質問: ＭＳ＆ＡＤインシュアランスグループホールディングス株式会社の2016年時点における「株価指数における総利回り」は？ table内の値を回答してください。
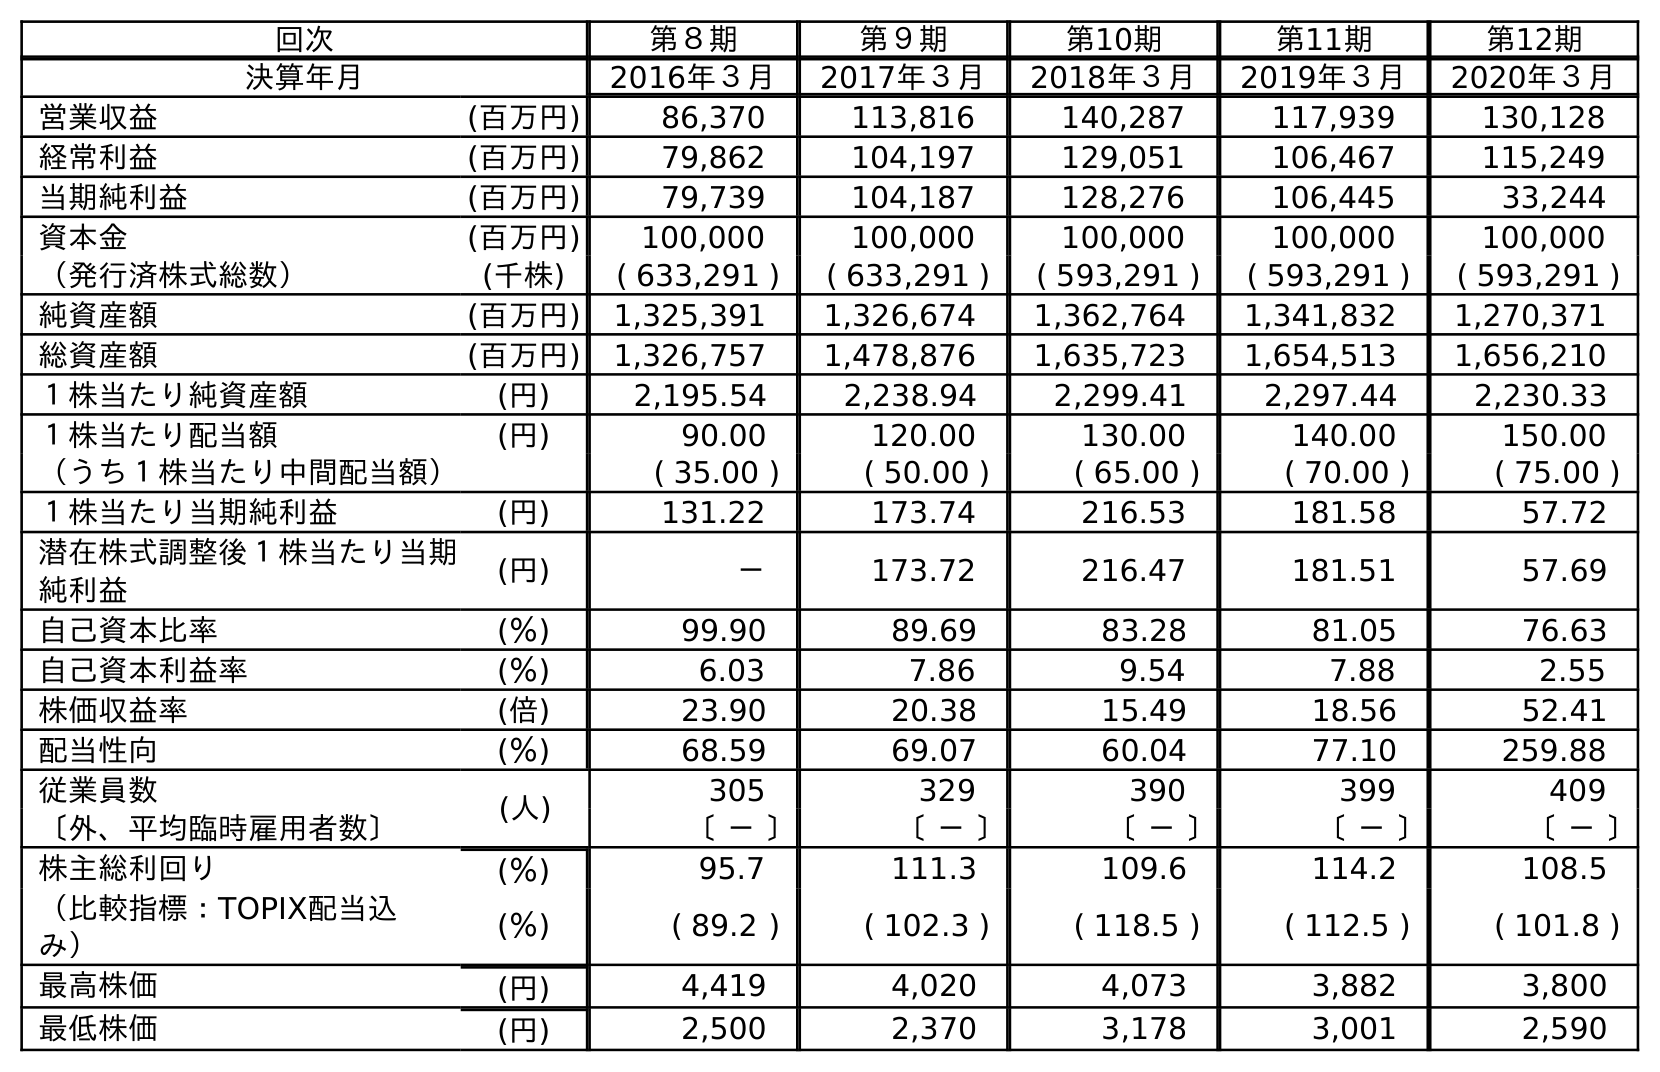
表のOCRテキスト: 回次 第８期 第９期 第10期 第11期 第12期 決算年月 2016年３月 2017年３月 2018年３月 2019年３月 2020年３月 営業収益 (百万円) 86,370 113,816 140,287 117,939 130,128 経常利益 (百万円) 79,862 104,197 129,051 106,467 115,249 当期純利益 (百万円) 79,739 104,187 128,276 106,445 33,244 資本金 (百万円) 100,000 100,000 100,000 100,000 100,000 （発行済株式総数） (千株) ( 633,291 ) ( 633,291 ) ( 593,291 ) ( 593,291 ) ( 593,291 ) 純資産額 (百万円) 1,325,391 1,326,674 1,362,764 1,341,832 1,270,371 総資産額 (百万円) 1,326,757 1,478,876 1,635,723 1,654,513 1,656,210 １株当たり純資産額 (円) 2,195.54 2,238.94 2,299.41 2,297.44 2,230.33 １株当たり配当額 (円) 90.00 120.00 130.00 140.00 150.00 （うち１株当たり中間配当額） ( 35.00 ) ( 50.00 ) ( 65.00 ) ( 70.00 ) ( 75.00 ) １株当たり当期純利益 (円) 131.22 173.74 216.53 181.58 57.72 潜在株式調整後１株当たり当期 純利益 (円) － 173.72 216.47 181.51 57.69 自己資本比率 (％) 99.90 89.69 83.28 81.05 76.63 自己資本利益率 (％) 6.03 7.86 9.54 7.88 2.55 株価収益率 (倍) 23.90 20.38 15.49 18.56 52.41 配当性向 (％) 68.59 69.07 60.04 77.10 259.88 従業員数 (人) 305 329 390 399 409 〔外、平均臨時雇用者数〕 〔 － 〕 〔 － 〕 〔 － 〕 〔 － 〕 〔 － 〕 株主総利回り (％) 95.7 111.3 109.6 114.2 108.5 （比較指標：TOPIX配当込 み） (％) ( 89.2 ) ( 102.3 ) ( 118.5 ) ( 112.5 ) ( 101.8 ) 最高株価 (円) 4,419 4,020 4,073 3,882 3,800 最低株価 (円) 2,500 2,370 3,178 3,001 2,590
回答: (89.2)